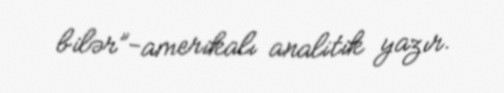
bilər”-amerikalı analitik yazır.